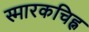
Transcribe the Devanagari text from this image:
स्मारकचिह्न